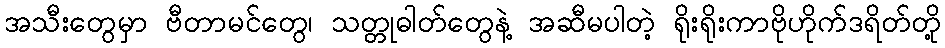
အသီးတွေမှာ ဗီတာမင်တွေ၊ သတ္တုဓါတ်တွေနဲ့ အဆီမပါတဲ့ ရိုးရိုးကာဗိုဟိုက်ဒရိတ်တို့